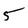
Character: 5